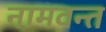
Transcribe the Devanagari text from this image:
नामवन्त